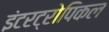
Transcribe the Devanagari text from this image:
इंटरट्रोपिकल